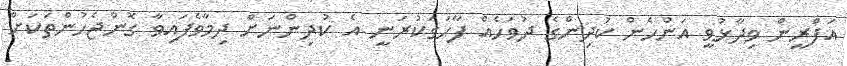
އަފްރީން ވިދާޅުވީ އަންހެން ކުދިންގެ ދުވަހެއް ފާހަގަކުރަނީ އެ ކުދިންނަށް ދިމާވެފައިވާ ގޮންޖެހުންތަކަަށް